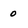
Character: 0